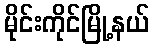
မိုင်းကိုင်မြို့နယ်